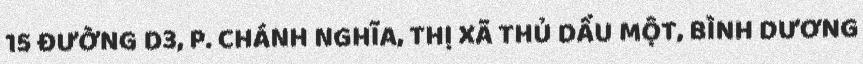
15 ĐƯỜNG D3, P. CHÁNH NGHĨA, THỊ XÃ THỦ DẦU MỘT, BÌNH DƯƠNG